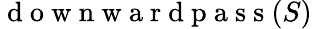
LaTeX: \mathrm{~d~o~w~n~w~a~r~d~p~a~s~s~}(S)